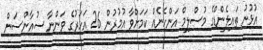
އުޅުނު ތައިލެންޑްގެ މުސްލިމް އަންހެނެއް ކަމަށްވާ އުމުރުން 26 އަހަރުގެ ވަންނާ ސުއާންސަން